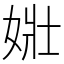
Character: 𡝂